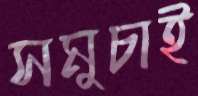
সমুচাই